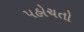
પહોચતો